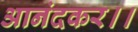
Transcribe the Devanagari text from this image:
आनंदकर।।